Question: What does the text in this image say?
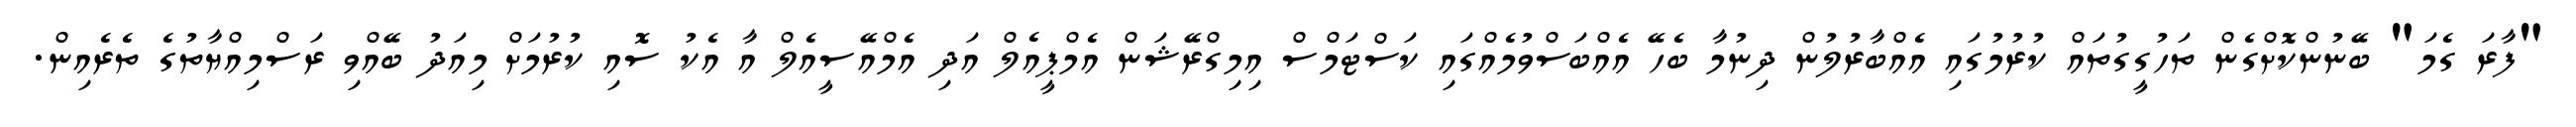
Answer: "ފާރަ ގެމަ" ބޭނުންކޮށްގެން ތަހުގީގުތައް ކުރުމުގައި އެއްބާރުލުން ދިނުމާ ބެހޭ އެއްބަސްވުމެއްގައި ކަސްޓަމްސް އިމިގްރޭޝަން އެމްޕީއެލް އަދި އެމްއޭސީއެލް އާ އެކު ސޮއި ކުރުމަށް މިއަދު ބޭއްވި ރަސްމިއްޔާތުގެ ތެރެއިން.